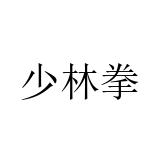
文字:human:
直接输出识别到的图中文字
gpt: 少林拳